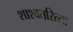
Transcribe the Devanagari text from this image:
शाश्वतरित्या